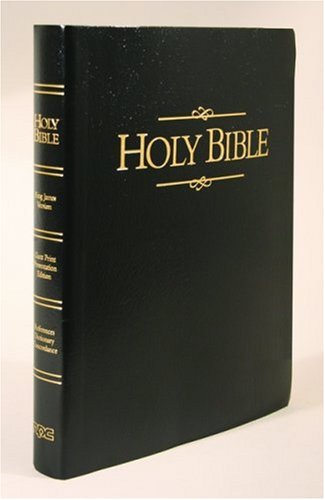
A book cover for Holy Bible, Keystone Giant Print Presentation Edition: King James Version; Bible; Christian Books & Bibles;